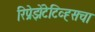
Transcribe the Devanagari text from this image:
रिप्रेझेंटेटिव्ह्सचा